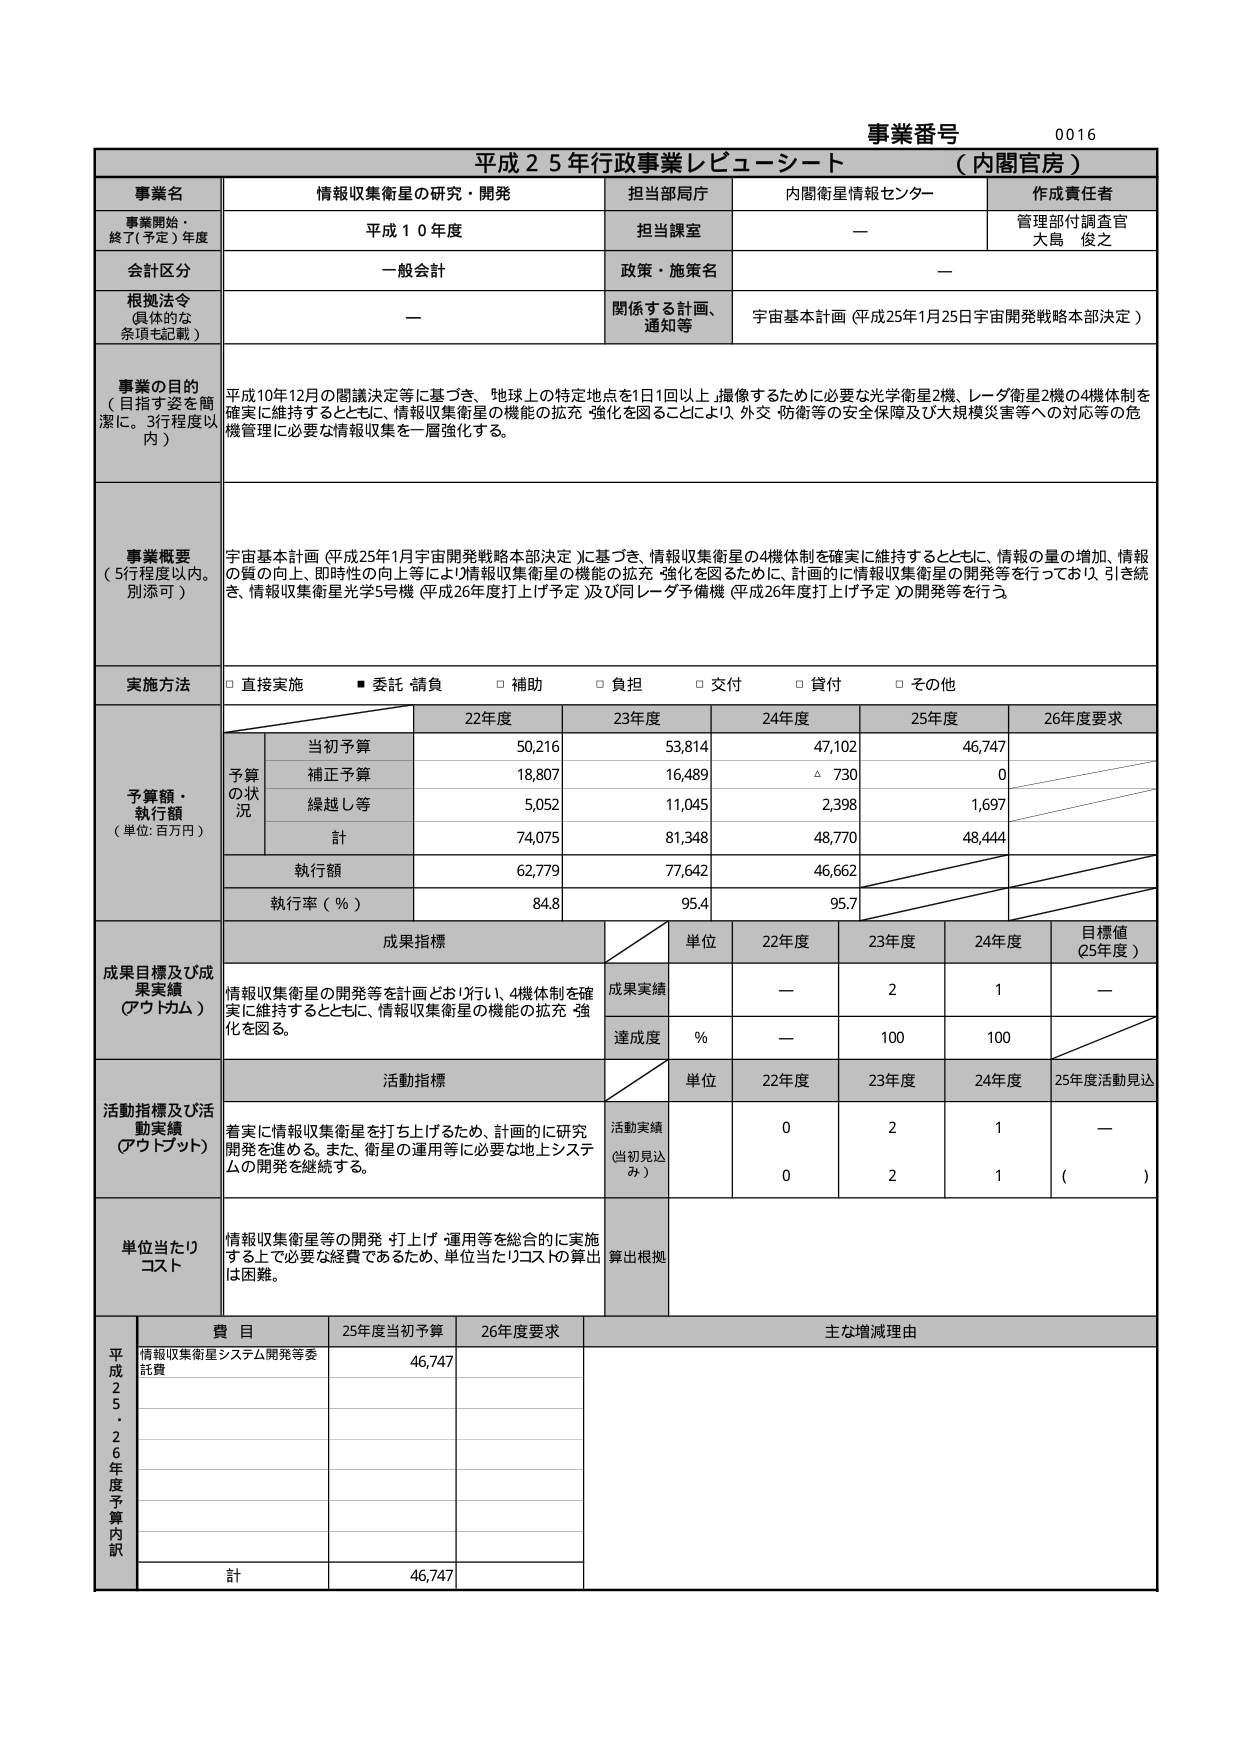
事業番号 0016
平成25年行政事業レビューシート（内閣官房）

事業名 情報収集衛星の研究・開発
担当部局庁 内閣衛星情報センター
作成責任者 管理部付調査官 大島 俊之

事業開始・終了（予定）年度 平成10年度
担当課室 —

会計区分 一般会計
政策・施策名 —

根拠法令（具体的な条項も記載） —
関係する計画、通知等 宇宙基本計画（平成25年1月25日宇宙開発戦略本部決定）

事業の目的（目指す姿を簡潔に。3行程度以内）
平成10年12月の閣議決定等に基づき、地球上の特定地点を1日1回以上撮像するために必要な光学衛星2機、レーダ衛星2機の4機体制を確実に維持するとともに、情報収集衛星の機能の拡充・強化を図ることにより、外交・防衛等の安全保障及び大規模災害等への対応等の危機管理に必要な情報収集を一層強化する。

事業概要（5行程度以内。別添可）
宇宙基本計画（平成25年1月宇宙開発戦略本部決定）に基づき、情報収集衛星の4機体制を確実に維持するとともに、情報の量の増加、情報の質の向上、即時性の向上等により情報収集衛星の機能の拡充・強化を図るために、計画的に情報収集衛星の開発等を行っており、引き続き、情報収集衛星光学5号機（平成26年度打上げ予定）及び同レーダ予備機（平成26年度打上げ予定）の開発等を行う。

実施方法
□ 直接実施 ■ 委託・請負 □ 補助 □ 負担 □ 交付 □ 貸付 □ その他

予算額・執行額（単位：百万円）
22年度 23年度 24年度 25年度 26年度要求
予算の状況
当初予算 50,216 53,814 47,102 46,747
補正予算 18,807 16,489 △ 730 0
繰越し等 5,052 11,045 2,398 1,697
計 74,075 81,348 48,770 48,444
執行額 62,779 77,642 46,662
執行率（％） 84.8 95.4 95.7

成果目標及び成果実績（アウトカム）
成果指標
単位 22年度 23年度 24年度 目標値（25年度）
成果実績 情報収集衛星の開発等を計画どおり行い、4機体制を確実に維持するとともに、情報収集衛星の機能の拡充・強化を図る。 — 2 1 —
達成度 ％ — 100 100

活動指標及び活動実績（アウトプット）
活動指標
単位 22年度 23年度 24年度 25年度活動見込
活動実績（当初見込み） 着実に情報収集衛星を打ち上げるため、計画的に研究開発を進める。また、衛星の運用等に必要な地上システムの開発を継続する。 0 2 1 —
0 2 1 （ ）

単位当たりコスト
情報収集衛星等の開発・打上げ・運用等を総合的に実施する上で必要な経費であるため、単位当たりコストの算出は困難。
算出根拠

平成25～26年度予算内訳
費目 25年度当初予算 26年度要求 主な増減理由
情報収集衛星システム開発等委託費 46,747
計 46,747